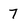
Character: 7